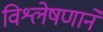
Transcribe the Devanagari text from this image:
विश्लेषणाने